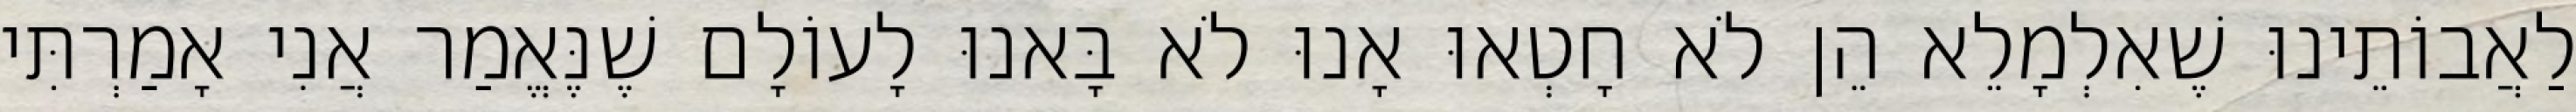
לַאֲבוֹתֵינוּ שֶׁאִלְמָלֵא הֵן לֹא חָטְאוּ אָנוּ לֹא בָּאנוּ לָעוֹלָם שֶׁנֶּאֱמַר אֲנִי אָמַרְתִּי